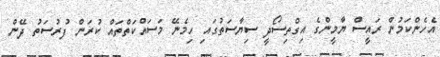
އެހެންކަމުން ރައީސް ޔާމީންގެ އިގްތިސޯދީ ސިޔާސަތުގައި ހިމެނޭ މަސައްކަތްތައް ކުރަން ފުރުސަތު ދޭން